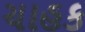
ચાહક